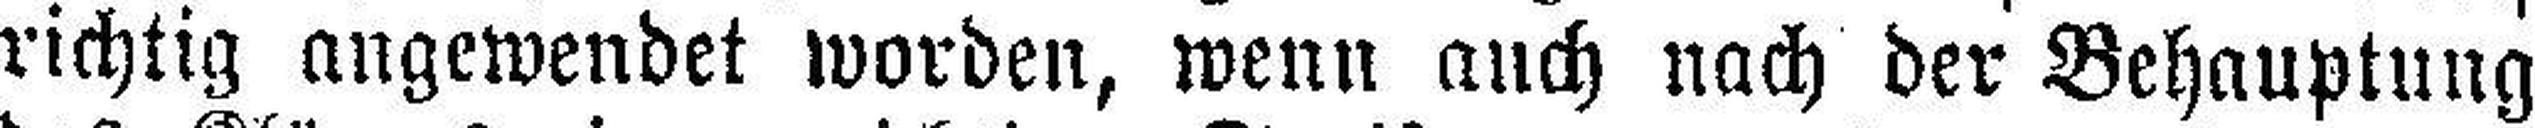
richtig angewendet worden, wenn auch nach der Behauptung